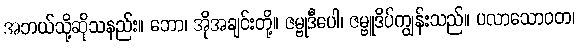
အဘယ်သို့ဆိုသနည်း။ ဘော၊ အိုအချင်းတို့။ ဇမ္ဗုဒီပေါ၊ ဇမ္ဗူဒိပ်ကျွန်းသည်။ ပလာသောဝတ၊